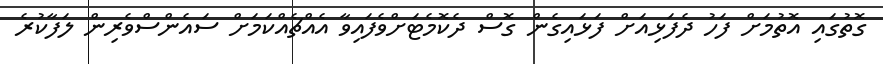
ގޮތުގައި އޮތުމަށް ފަހު ދެފަޅިއަށް ފަޅައިގެން ގޮސް ދެކޮމެޓަށްވެފައިވާ އެއްޗެއްކަމަށް ސައެންސްވެރިން ލަފާކުރެ